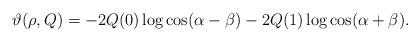
LaTeX: \begin{align*}\vartheta(\rho,Q)= - 2Q(0)\log \cos(\alpha-\beta)- 2Q(1)\log \cos(\alpha+\beta).\end{align*}